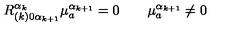
R _ { ( k ) 0 \alpha _ { k + 1 } } ^ { \alpha _ { k } } \mu _ { a } ^ { \alpha _ { k + 1 } } = 0 \qquad \mu _ { a } ^ { \alpha _ { k + 1 } } \neq 0